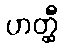
ဟတ္ထီ